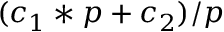
( c _ { 1 } * p + c _ { 2 } ) / p